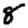
Digit: 8